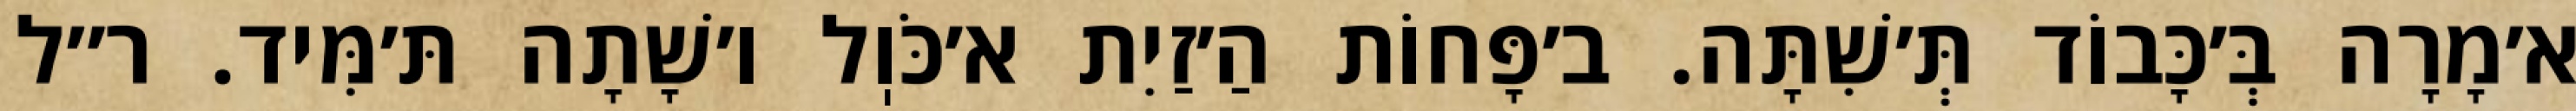
א׳מָרָה בְּ׳כָּבוֹד תְּ׳שִׁתָּה. ב׳פָּחוֹת הַ׳זַיִת א׳כֹּוֽל ו׳שָׁתָה תּ׳מִּיד. ר״ל